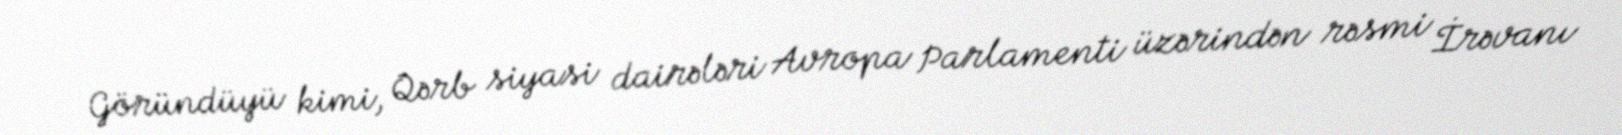
Göründüyü kimi, Qərb siyasi dairələri Avropa Parlamenti üzərindən rəsmi İrəvanı